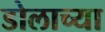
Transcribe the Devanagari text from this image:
डोलाच्या